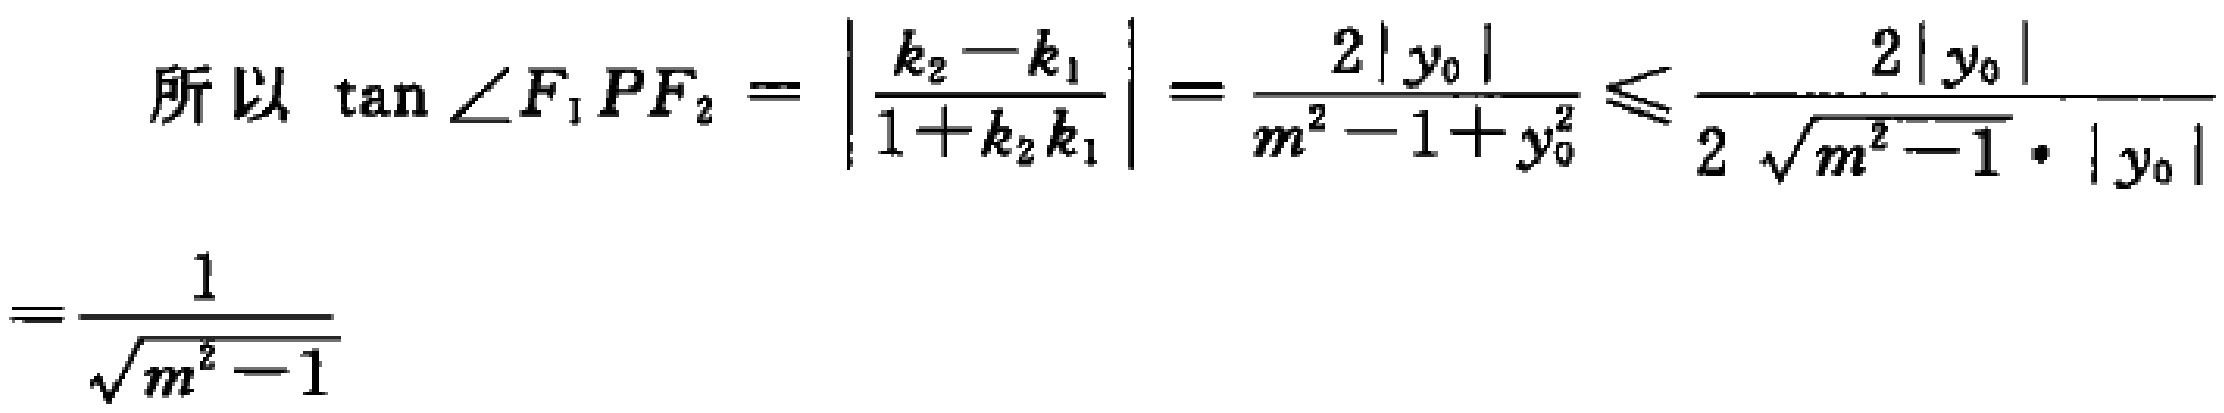
\[

\begin{align*}

\text{所以 }\tan\angle F_{1}PF_{2}&=\left|\frac{k_{2}-k_{1}}{1 + k_{2}k_{1}}\right|=\frac{2|y_{0}|}{m^{2}-1 + y_{0}^{2}}\leqslant\frac{2|y_{0}|}{2\sqrt{m^{2}-1}\cdot|y_{0}|}\\

&=\frac{1}{\sqrt{m^{2}-1}}

\end{align*}

\]